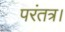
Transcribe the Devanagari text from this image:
परंतत्र।